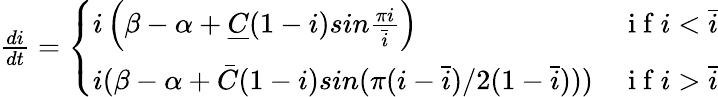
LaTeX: \begin{array}{r}{\frac{di}{dt}=\left\{ \begin{array}{lll}{{i\left(\beta-\alpha+\underline{{C}}(1-i)sin{\frac{\pi i}{\bar{i}}}\right)}}&{\mathrm{~i~f~}i<{\bar{i}}}\\ {{i(\beta-\alpha+\bar{C}(1-i)sin{(\pi(i-\bar{i})/2(1-\bar{i}))})}}&{\mathrm{~i~f~}i>{\bar{i}}}\end{array}\right.}\end{array}